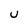
Character: U